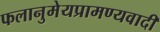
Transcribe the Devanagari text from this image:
फलानुमेयप्रामण्यवादी